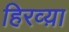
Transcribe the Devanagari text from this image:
हिरव्य़ा